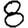
Digit: 8